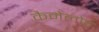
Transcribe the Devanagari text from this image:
कैमेलोट